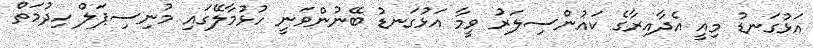
އަޅުގަނޑު މިއީ އެދާއިރާގެ ކައުންސިލަރު ވީމާ އަޅުގަނޑު ބޭނުންވަނީ ހުޅުމާލޭގައި މުނިސިޕަލް ހިދުމަތް